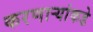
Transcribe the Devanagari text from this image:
करणाऱ्यांकडे